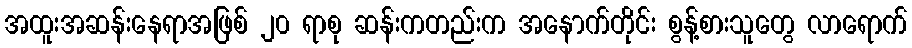
အထူးအဆန်းနေရာအဖြစ် ၂၀ ရာစု ဆန်းကတည်းက အနောက်တိုင်း စွန့်စားသူတွေ လာရောက်